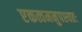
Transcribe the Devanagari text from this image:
एकत्वमनुपश्यतः